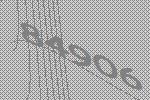
84906